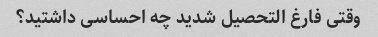
وقتی فارغ التحصیل شدید چه احساسی داشتید؟